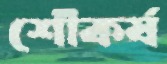
শৌকর্য